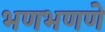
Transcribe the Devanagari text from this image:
भणभणणे